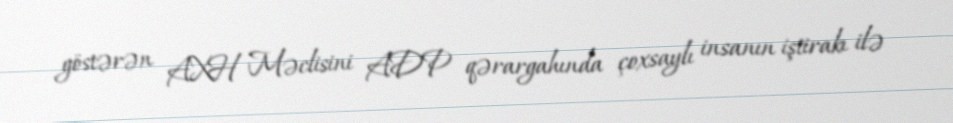
göstərən AXH Məclisini ADP qərargahında çoxsaylı insanın iştirakı ilə